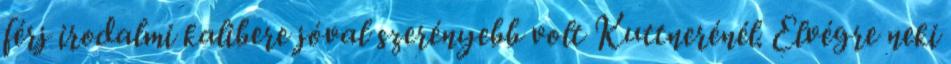
férj irodalmi kalibere jóval szerényebb volt Kuttnerénél. Elvégre neki